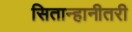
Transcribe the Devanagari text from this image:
सितान्हानीतरी